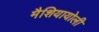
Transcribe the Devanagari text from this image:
मैशियायोली